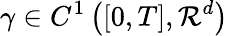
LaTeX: \gamma\in C^{1}\left([0,T],\mathcal{R}^{d}\right)